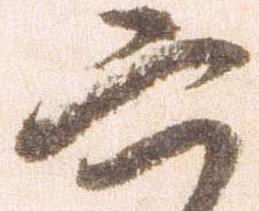
六